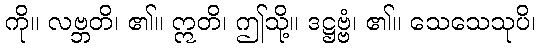
ကို။ လဗ္ဘတိ၊ ၏။ ဣတိ၊ ဤသို့။ ဒဋ္ဌဗ္ဗံ၊ ၏။ သေသေသုပိ၊